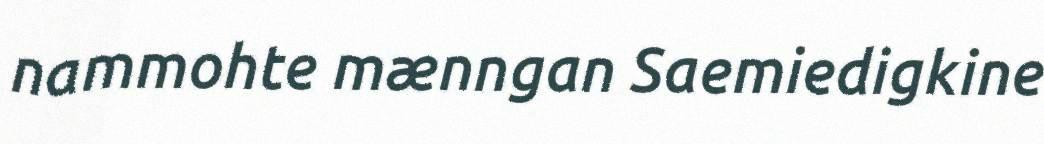
nammohte mænngan Saemiedigkine